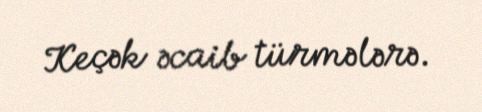
Keçək əcaib türmələrə.